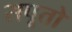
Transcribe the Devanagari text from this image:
सपूतो